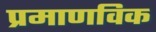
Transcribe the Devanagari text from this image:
प्रमाणविक